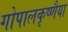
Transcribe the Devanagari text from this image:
गोपालकृष्णैया